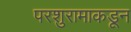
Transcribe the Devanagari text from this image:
परशुरामाकडून